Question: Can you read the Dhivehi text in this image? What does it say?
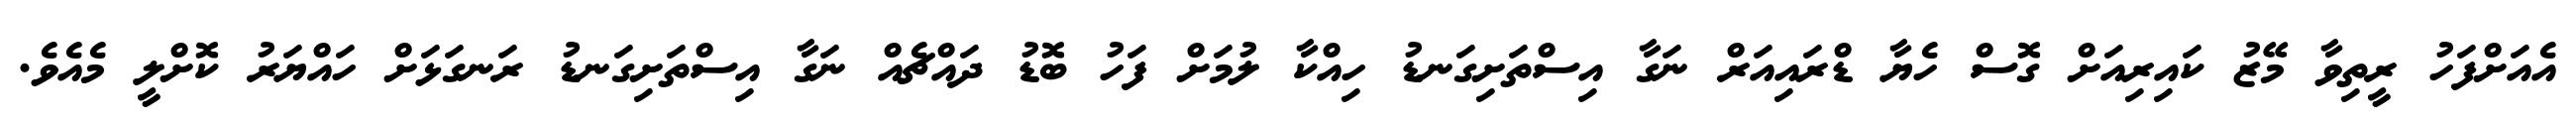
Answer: އެއަށްފަހު ރީތިވާ މޭޒު ކައިރިއަށް ގޮސް ހެޔާ ޑްރައިއަރް ނަގާ އިސްތަށިގަނޑު ހިއްކާ ލުމަށް ފަހު ބޮޑު ދައްޗެއް ނަގާ އިސްތަށިގަނޑު ރަނގަޅަށް ހައްޔަރު ކޮށްލީ މެއެވެ.